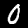
Digit: 0